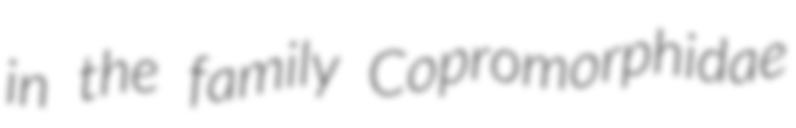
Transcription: in the family Copromorphidae